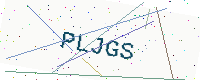
Text: PLJGS